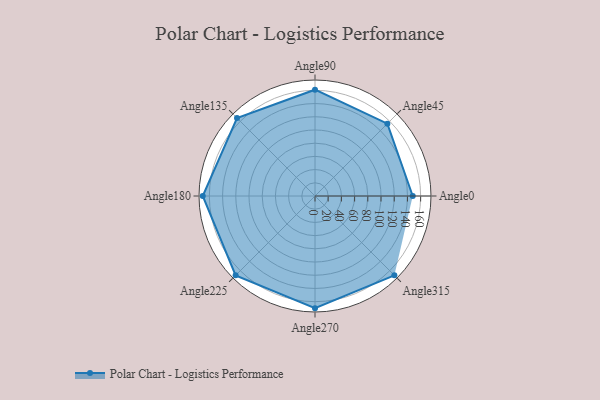
{"axis": {"x": "Angle", "y": "Radius"}, "legend": [""], "data": [{"x": "Angle0", "y": 148.0, "type": ""}, {"x": "Angle45", "y": 155.0, "type": ""}, {"x": "Angle90", "y": 161.0, "type": ""}, {"x": "Angle135", "y": 167.0, "type": ""}, {"x": "Angle180", "y": 170, "type": ""}, {"x": "Angle225", "y": 170, "type": ""}, {"x": "Angle270", "y": 170, "type": ""}, {"x": "Angle315", "y": 170, "type": ""}]}